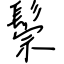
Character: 鬃